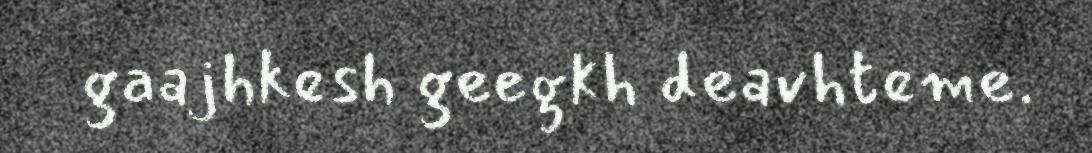
gaajhkesh geegkh deavhteme.